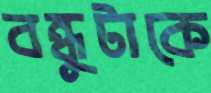
বন্ধুটাকে